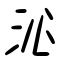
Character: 沁